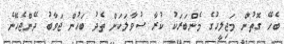
ބެހޭ ގޮތުން މަޖިލީހުގެ މެންބަރަކު ކުރާ ސުވާލަކަށް ތެދު ބަހުން ޖަވާބު ދޭންޖެހޭނެ